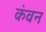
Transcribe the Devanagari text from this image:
कंवन